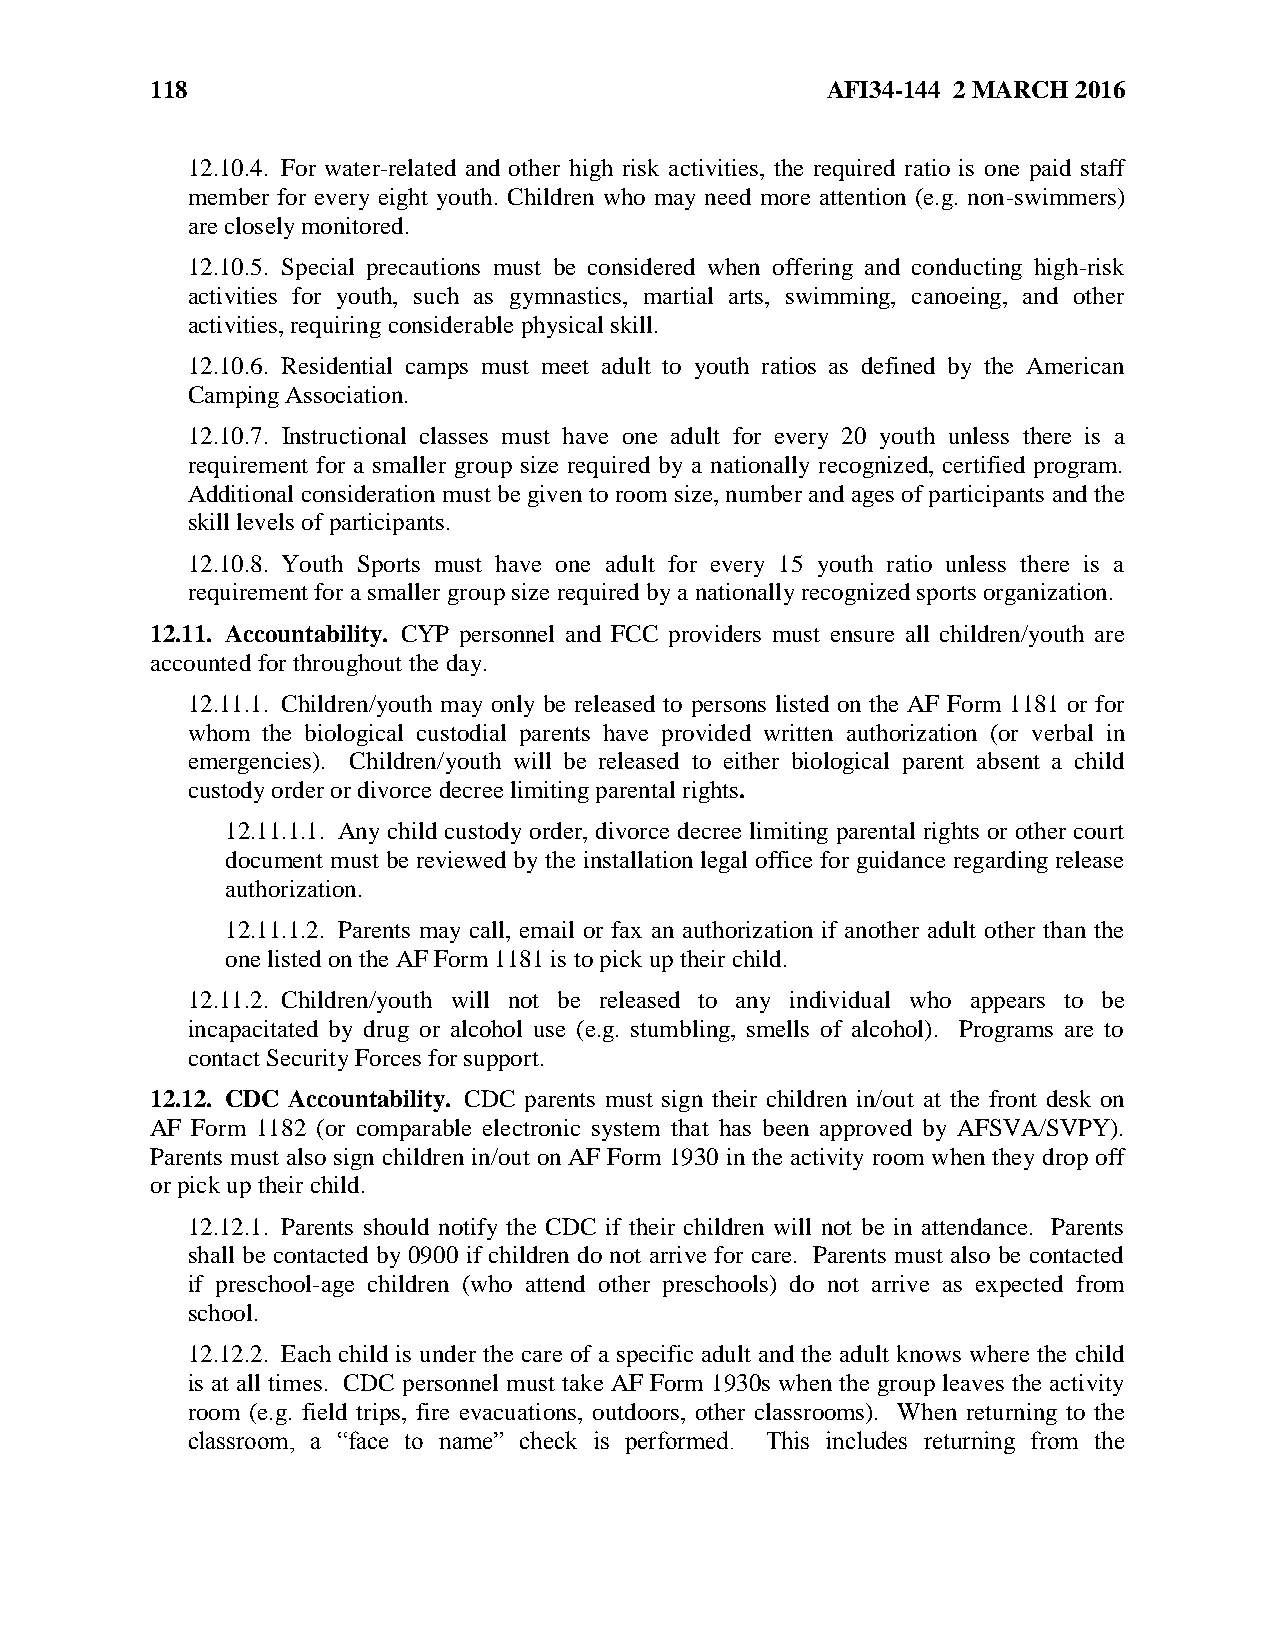
118                                          AFI34-144 2 MARCH 2016
 12.10.4. For water-related and other high risk activities, the required ratio is one paid staff
 member for every eight youth. Children who may need more attention (e.g. non-swimmers)
 are closely monitored.
 12.10.5. Special precautions must be considered when offering and conducting high-risk
 activities for youth, such as gymnastics, martial arts, swimming, canoeing, and other
 activities, requiring considerable physical skill.
 12.10.6. Residential camps must meet adult to youth ratios as defined by the American
 Camping Association.
 12.10.7. Instructional classes must have one adult for every 20 youth unless there is a
 requirement for a smaller group size required by a nationally recognized, certified program.
 Additional consideration must be given to room size, number and ages of participants and the
 skill levels of participants.
 12.10.8. Youth Sports must have one adult for every 15 youth ratio unless there is a
 requirement for a smaller group size required by a nationally recognized sports organization.
 12.11. Accountability. CYP personnel and FCC providers must ensure all children/youth are
 accounted for throughout the day.
 12.11.1. Children/youth may only be released to persons listed on the AF Form 1181 or for
 whom the biological custodial parents have provided written authorization (or verbal in
 emergencies). Children/youth will be released to either biological parent absent a child
 custody order or divorce decree limiting parental rights.
 12.11.1.1. Any child custody order, divorce decree limiting parental rights or other court
 document must be reviewed by the installation legal office for guidance regarding release
 authorization.
 12.11.1.2. Parents may call, email or fax an authorization if another adult other than the
 one listed on the AF Form 1181 is to pick up their child.
 12.11.2. Children/youth will not be released to any individual who appears to be
 incapacitated by drug or alcohol use (e.g. stumbling, smells of alcohol). Programs are to
 contact Security Forces for support.
 12.12. CDC Accountability. CDC parents must sign their children in/out at the front desk on
 AF Form 1182 (or comparable electronic system that has been approved by AFSVA/SVPY).
 Parents must also sign children in/out on AF Form 1930 in the activity room when they drop off
 or pick up their child.
 12.12.1. Parents should notify the CDC if their children will not be in attendance. Parents
 shall be contacted by 0900 if children do not arrive for care. Parents must also be contacted
 if preschool-age children (who attend other preschools) do not arrive as expected from
 school.
 12.12.2. Each child is under the care of a specific adult and the adult knows where the child
 is at all times. CDC personnel must take AF Form 1930s when the group leaves the activity
 room (e.g. field trips, fire evacuations, outdoors, other classrooms). When returning to the
 classroom, a “face to name” check is performed. This includes returning from the